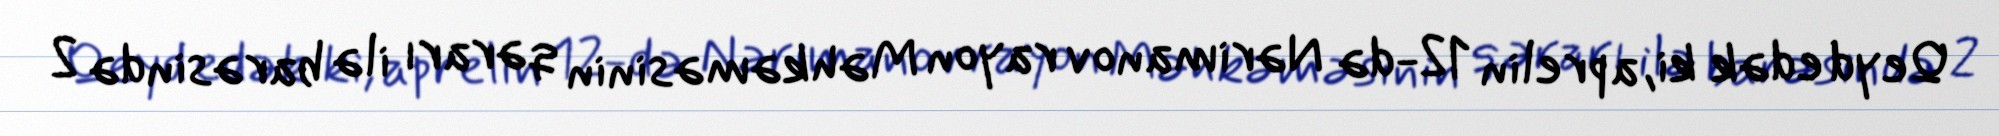
Qeyd edək ki, aprelin 12-də Nərimanov rayon Məhkəməsinin qərarı ilə barəsində 2